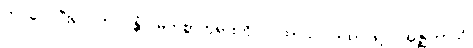
ကပ်လေပြီး၍။ ဘဂဝန္တံ၊ မြတ်စွာဘုရားကို။ ဂါထာယ၊ ဂါထာဖြင့်။ အဇ္ဈဘာသိ၊